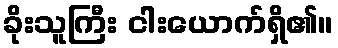
ခိုးသူကြီး ငါးယောက်ရှိ၏။